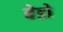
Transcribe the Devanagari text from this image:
बेडो